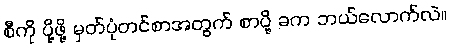
စီကို ပို့ဖို့ မှတ်ပုံတင်စာအတွက် စာပို့ ခက ဘယ်လောက်လဲ။